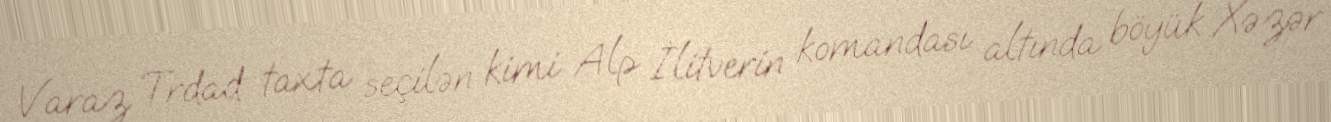
Varaz Trdad taxta seçilən kimi Alp İlitverin komandası altında böyük Xəzər